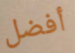
أفضل